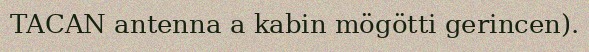
TACAN antenna a kabin mögötti gerincen).